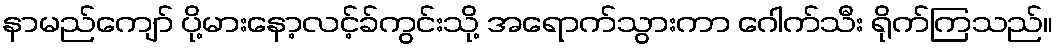
နာမည်ကျော် ပို့မားနော့လင့်ခ်ကွင်းသို့ အရောက်သွားကာ ဂေါက်သီး ရိုက်ကြသည်။